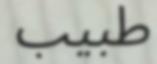
طبيب